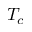
T _ { c }